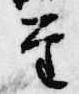
至